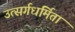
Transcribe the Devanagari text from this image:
उत्सर्गधर्मिता